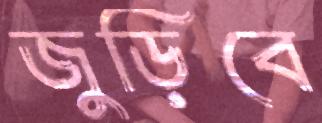
জুড়িবে